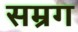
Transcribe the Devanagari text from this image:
सम्रग